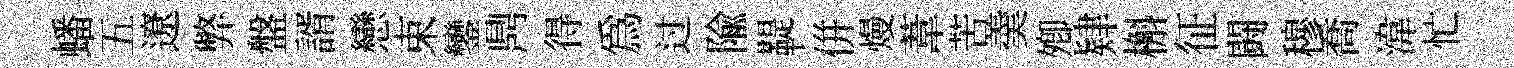
蟠五遼弊盤諝戀束鑾𪔂得爲过隃鞮併熳葦苦羮𡖖肄槲征闘穆喬湋忙